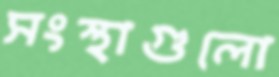
সংস্থাগুলো